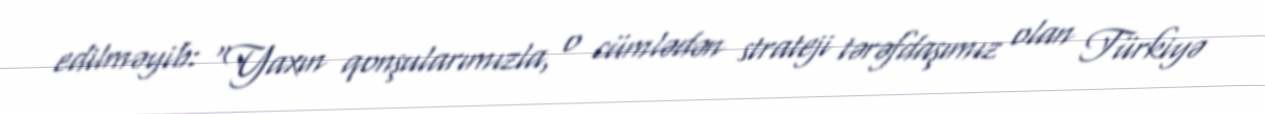
edilməyib: “Yaxın qonşularımızla, o cümlədən strateji tərəfdaşımız olan Türkiyə